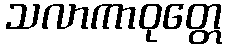
သလာကာဝုတ္တေ